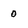
Character: 0